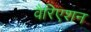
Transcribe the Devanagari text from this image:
वैरिएशन